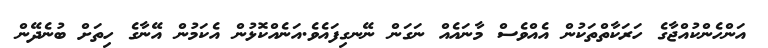
އަންހެންކުއްޖާގެ ހަރަކާތްތަކުން އެއްވެސް މާނައެއް ނަގަން ނޭނގިފައެވެ.އަނެއްކޮޅުން އެކަމުން އޭނާގެ ހިތަށް ބުނެދޭން